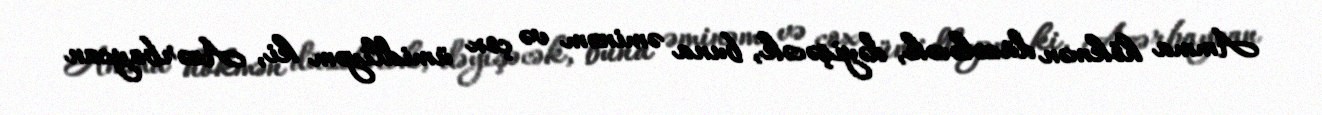
Amma hökmən düzələcək, dəyişəcək, buna əminəm və çox ümidliyəm ki, Azərbaycan